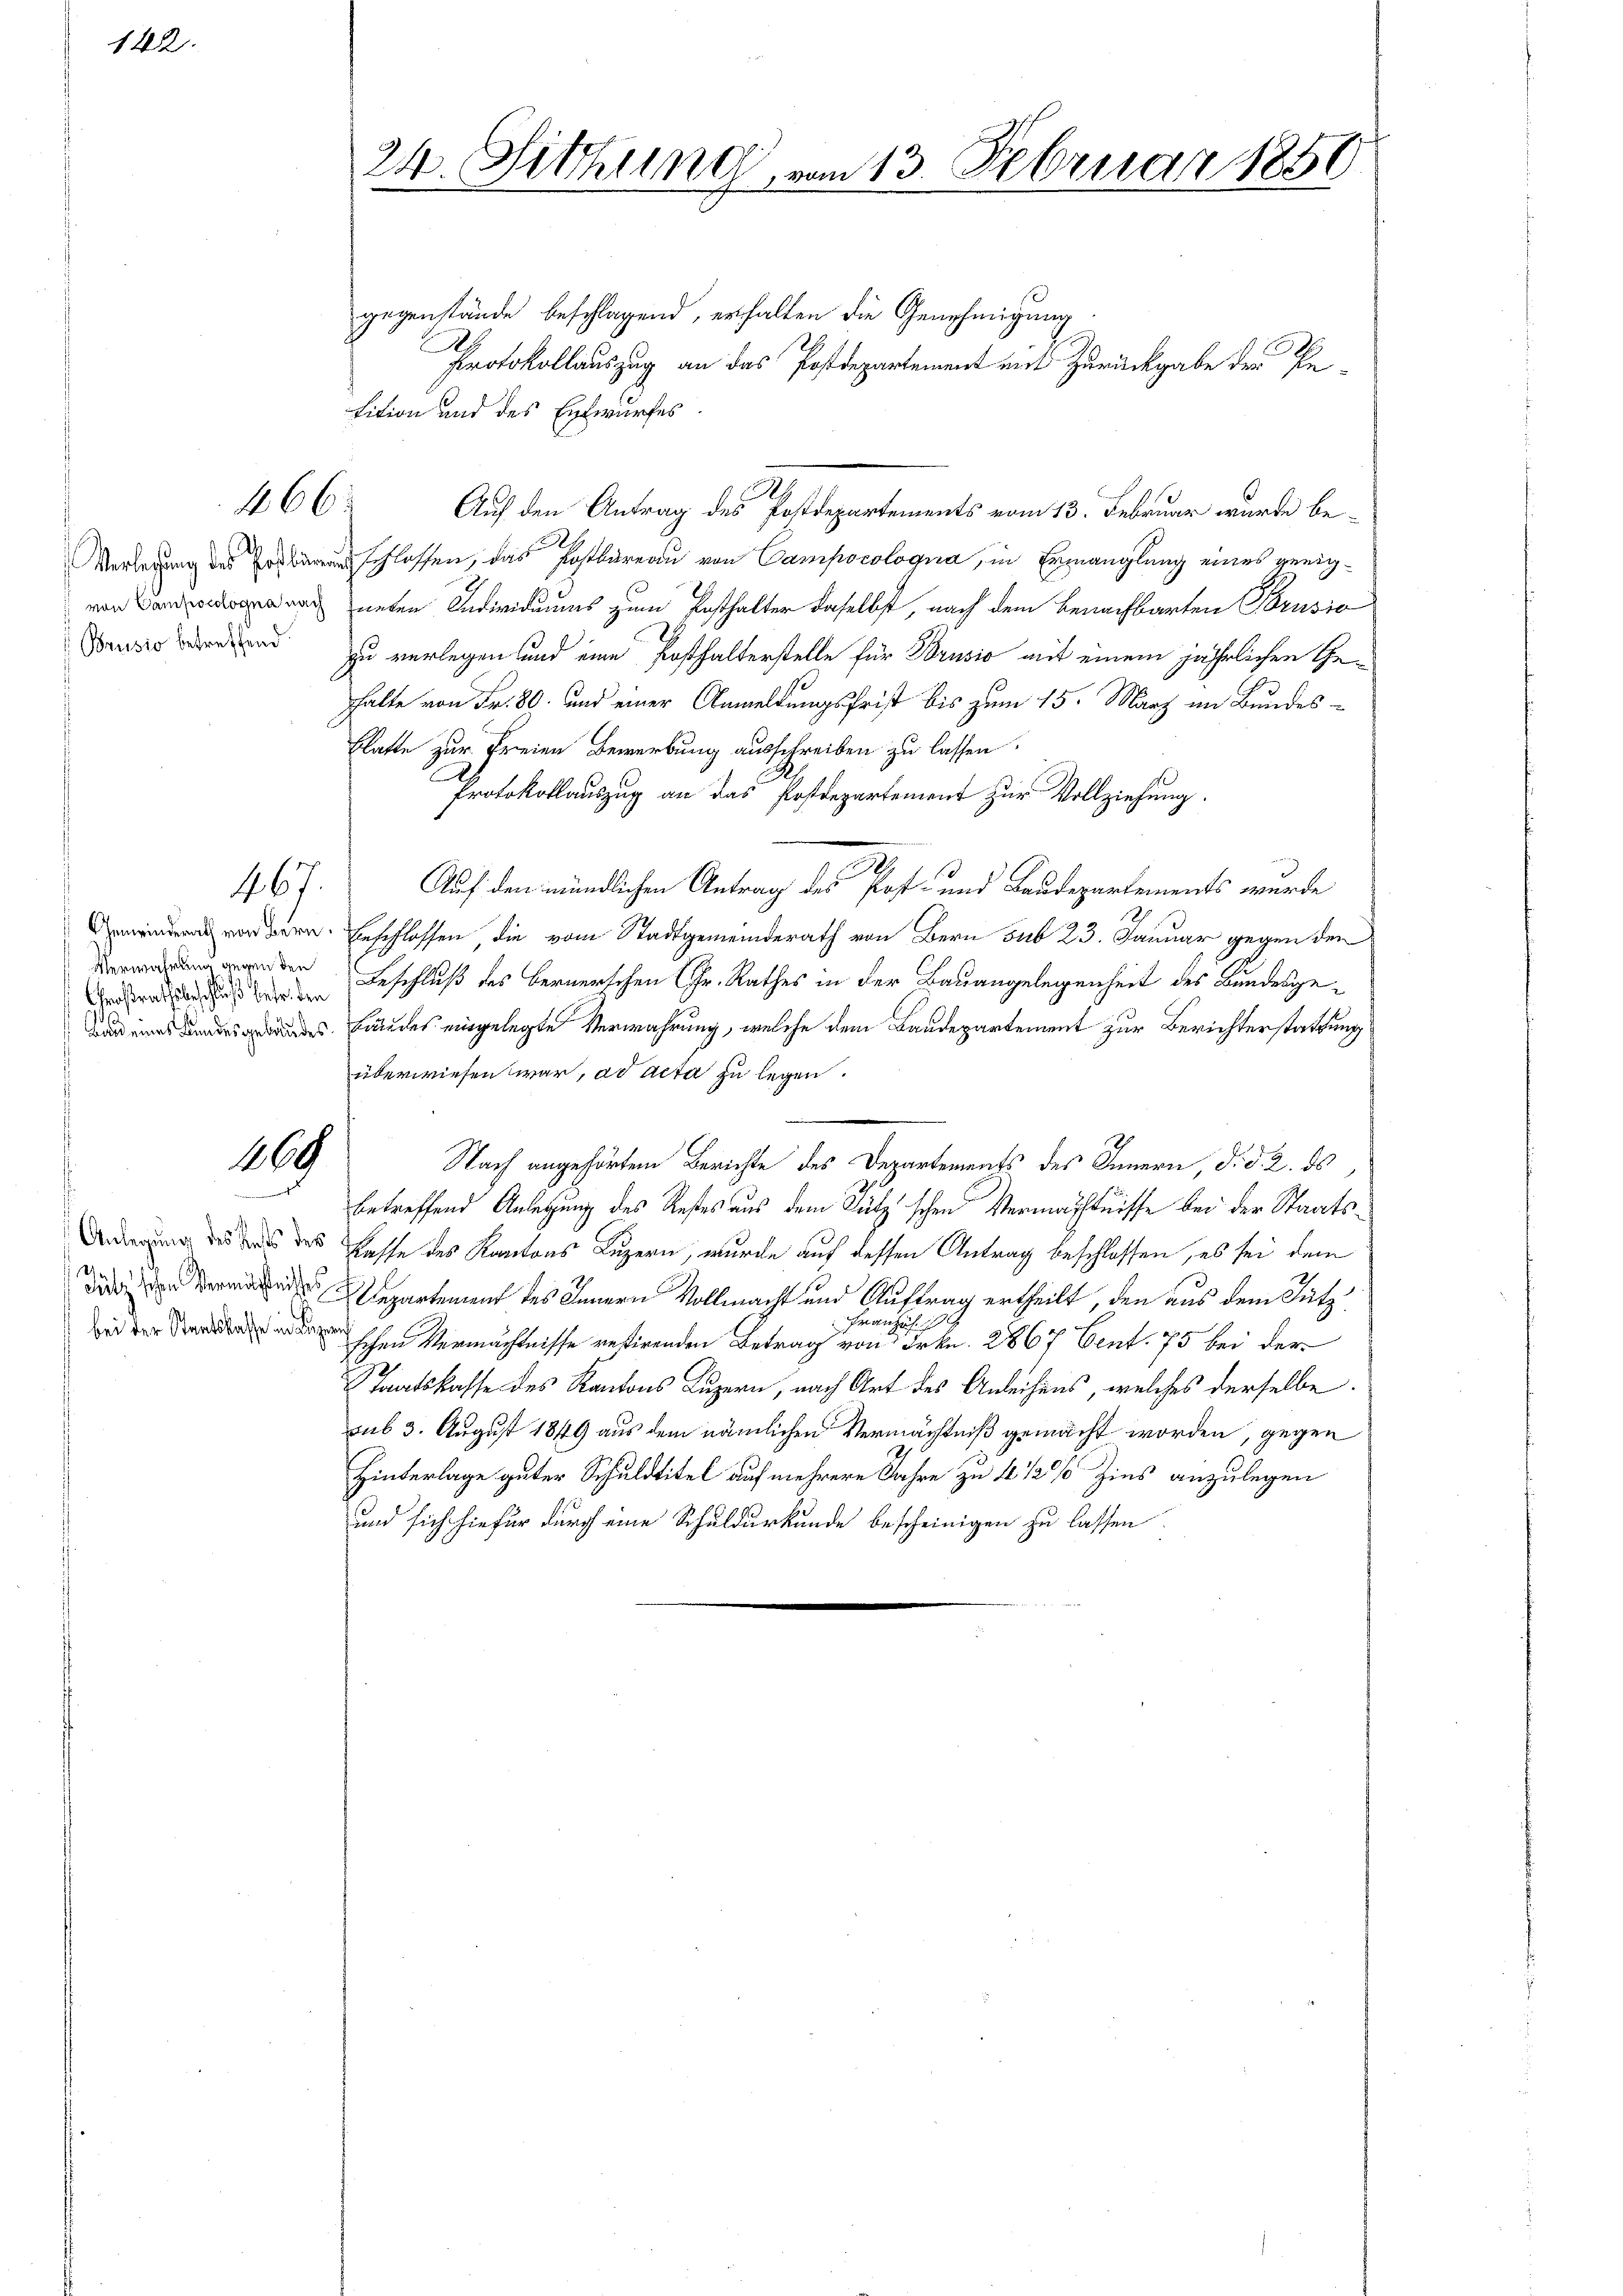
142.

466

Brusio betreffend

167.

Verwahrung gegen den
Großrathsbeschluß betr. den

1000

81.

24. Sitzung, vom 13. Februar 1850

gegenstände beschlagend, erhalten die Genehmigung.
2
Protokollauszug an das Postdepartement mit Zurückgabe der Pe
sition und des Entwurfes
2
Auf den Antrag des Postdepartements vom 13. Februar wurde be¬
2
Verlegung des schlossen, das Postbureau von Campocologna, in Ermanglung eines geeig¬
 unten Individuums zum Posthalter daselbst, nach dem Benachbarten Brusio
C
zu verlegen und eine Posthalterstelle für Brusio auf einem jährlichen Gehalte von Fr. 80 und einer Anmeldungsfrist bis zum 15. März im Bundes¬
Blatte zur Freien Bewerbung ausschreiben zu lassen.
Protokollauszug an das Postdepartement zur Vollziehung.
Auf den mündlichen Antrag des Post- und Baudepartements wurde
 vordern. Erschlossen, die vom Stadtgemeinderath von Bern sub 23. Januar gegen den
Beschluß des Bernerschen Fr. Rathes in der Bauangelegenheit des Bundesgedes Bundes eingelegte Verwahrung, welche dem Laudepartement zur Berichterstattung
überwiesen war, ad acta zu legen.
Nach angehörten Berichte des Departements des Innern, d. d. 2. ds
betreffend Anlegung des Restes aus dem Lutz schen Vermächtnisse bei der Staats¬
 des des Casse des Kantons Luzern, wurde auf dessen Antrag beschlossen, es sei dem
epartement des Innern Vollmacht und Auftrag ertheilt, den aus dem Sutz¬
Französ.
schen Vermächtnisse restirenden Betrag von Frkn. 2867 Cent. 75 bei der
Staatskasse des Kantons Luzern, nach Art des Anleihens, welches derselbe
sub 3. August 1849 aus dem nämlichen Vermächtniß gemacht worden, gegen
Hinterlage guter Schuldtitel auf mehrere Jahre zu 4 1/2% Zins anzulegen
und sich hiefür durch eine Schuldurkunde bescheinigen zu lassen.